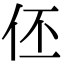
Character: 伾